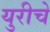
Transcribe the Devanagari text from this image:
युरीचे